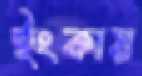
ইংকায়